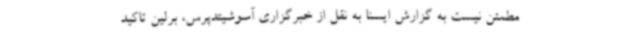
مطمئن نیست به گزارش ایسنا به نقل از خبرگزاری آسوشیتدپرس، برلین تاکید